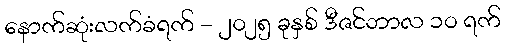
နောက်ဆုံးလက်ခံရက် - ၂၀၂၅ ခုနှစ် ဒီဇင်ဘာလ ၁၀ ရက်